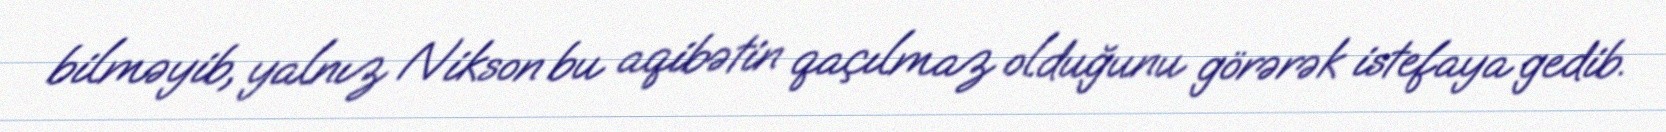
bilməyib, yalnız Nikson bu aqibətin qaçılmaz olduğunu görərək istefaya gedib.